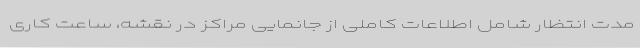
مدت انتظار شامل اطلاعات کاملی از جانمایی مراکز در نقشه، ساعت کاری